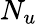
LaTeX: N_{u}